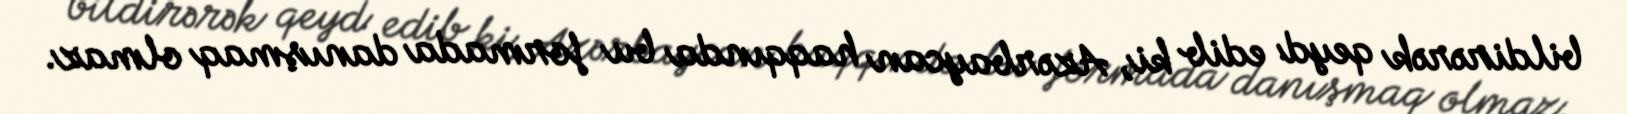
bildirərək qeyd edib ki, Azərbaycan haqqında bu formada danışmaq olmaz.